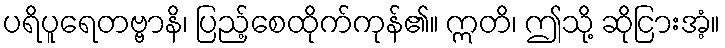
ပရိပူရေတဗ္ဗာနိ၊ ပြည့်စေထိုက်ကုန်၏။ ဣတိ၊ ဤသို့ ဆိုငြားအံ့။